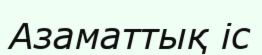
Азаматтық іс